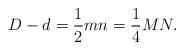
LaTeX: \begin{align*}{D - d = {1\over 2}mn = {1\over 4}MN.}\end{align*}